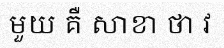
មួយ គឺ សាខា ថា វ